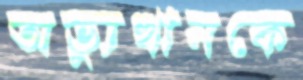
অভ্যুত্থানকে